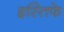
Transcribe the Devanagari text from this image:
इस्तिफे